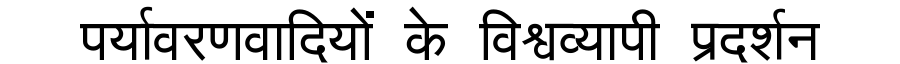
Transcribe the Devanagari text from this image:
पर्यावरणवादियों के विश्वव्यापी प्रदर्शन